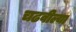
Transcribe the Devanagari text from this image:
चढवील्या